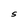
Character: S